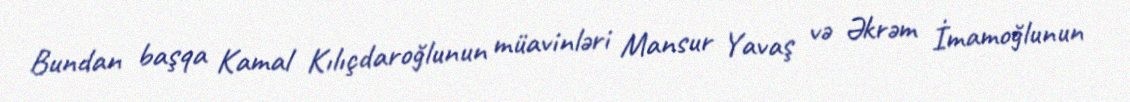
Bundan başqa Kamal Kılıçdaroğlunun müavinləri Mansur Yavaş və Əkrəm İmamoğlunun